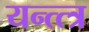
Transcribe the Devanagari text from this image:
यन्त्त्त्र